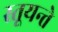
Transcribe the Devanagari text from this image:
स्तूयन्ते